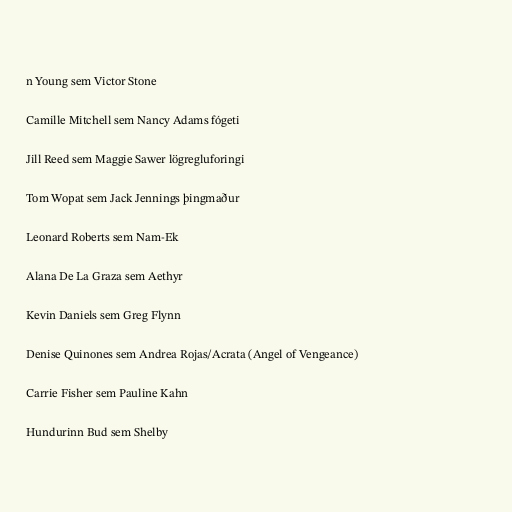
n Young sem Victor Stone

Camille Mitchell sem Nancy Adams fógeti

Jill Reed sem Maggie Sawer lögregluforingi

Tom Wopat sem Jack Jennings þingmaður

Leonard Roberts sem Nam-Ek

Alana De La Graza sem Aethyr

Kevin Daniels sem Greg Flynn

Denise Quinones sem Andrea Rojas/Acrata (Angel of Vengeance)

Carrie Fisher sem Pauline Kahn

Hundurinn Bud sem Shelby